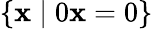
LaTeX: \{ \mathbf{x}\mid0\mathbf{x}=0\}